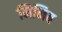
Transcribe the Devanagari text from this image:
निनिब